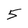
Character: 5